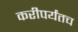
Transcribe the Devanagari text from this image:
करीपर्यंतच